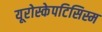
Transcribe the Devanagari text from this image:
यूरोस्केपटिसिस्म